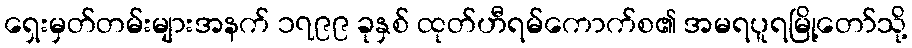
ရှေးမှတ်တမ်းများအနက် ၁၇၉၉ ခုနှစ် ထုတ်ဟီရမ်ကောက်စ၏ အမရပူရမြို့တော်သို့